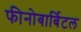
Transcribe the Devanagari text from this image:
फीनोबार्बिटल